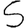
Digit: 5